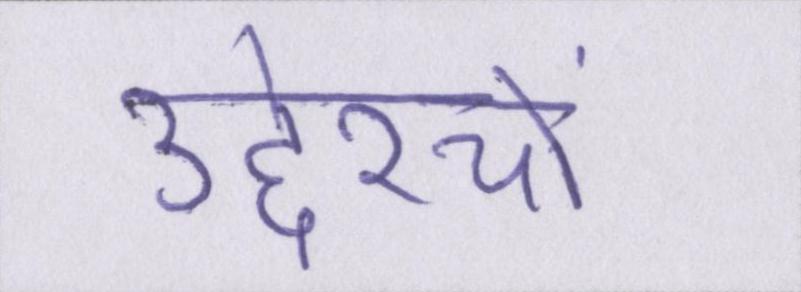
उद्देश्यों